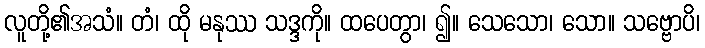
လူတို့၏အသံ။ တံ၊ ထို မနုဿ သဒ္ဒကို။ ထပေတွာ၊ ၍။ သေသော၊ သော။ သဗ္ဗောပိ၊